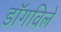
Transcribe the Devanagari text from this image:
डॉगविले